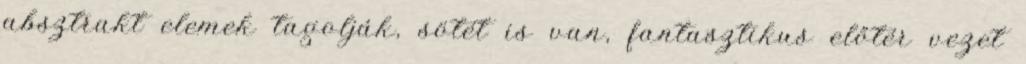
absztrakt elemek tagolják, sötét is van, fantasztikus előtér vezet